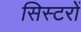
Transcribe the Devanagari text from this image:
सिस्टरों